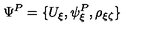
\Psi ^ { P } = \{ U _ { \xi } , \psi _ { \xi } ^ { P } , \rho _ { \xi \zeta } \}